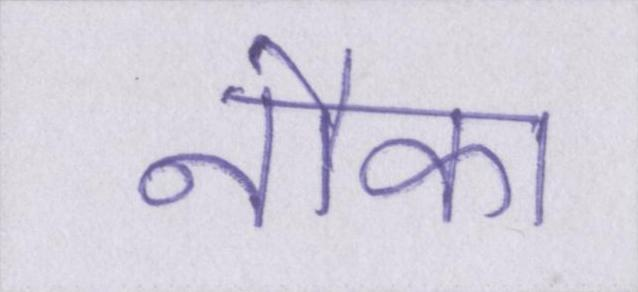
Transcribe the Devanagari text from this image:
नौका